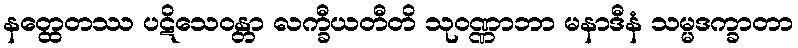
နတ္ထေတဿ ပဋိသေဝန္တာ လက္ခီယတီတိ သုဝဏ္ဏာဘာ မနာဒီနံ သမ္မဒက္ခာတာ